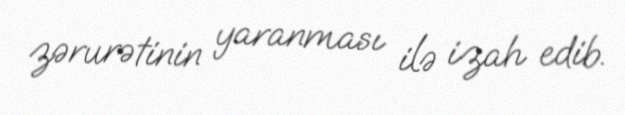
zərurətinin yaranması ilə izah edib.